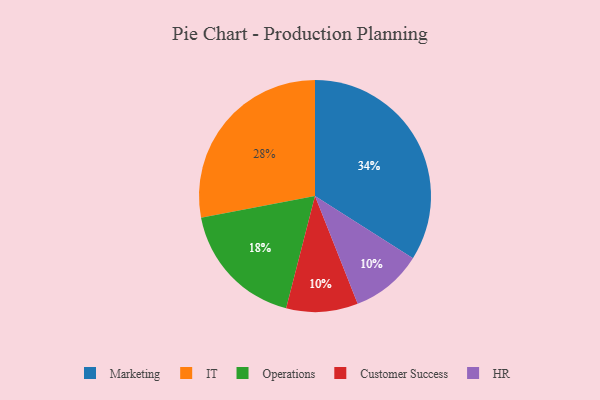
{"axis": {"x": "Category", "y": "Percentage"}, "legend": ["Customer Success", "HR", "IT", "Marketing", "Operations"], "data": [{"x": "Marketing", "y": 34, "type": "Marketing"}, {"x": "Customer Success", "y": 10, "type": "Customer Success"}, {"x": "Operations", "y": 18, "type": "Operations"}, {"x": "HR", "y": 10, "type": "HR"}, {"x": "IT", "y": 28, "type": "IT"}]}